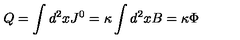
Q = \int d ^ { 2 } x J ^ { 0 } = \kappa \int d ^ { 2 } x B = \kappa \Phi